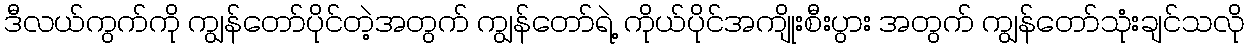
ဒီလယ်ကွက်ကို ကျွန်တော်ပိုင်တဲ့အတွက် ကျွန်တော်ရဲ့ ကိုယ်ပိုင်အကျိုးစီးပွား အတွက် ကျွန်တော်သုံးချင်သလို